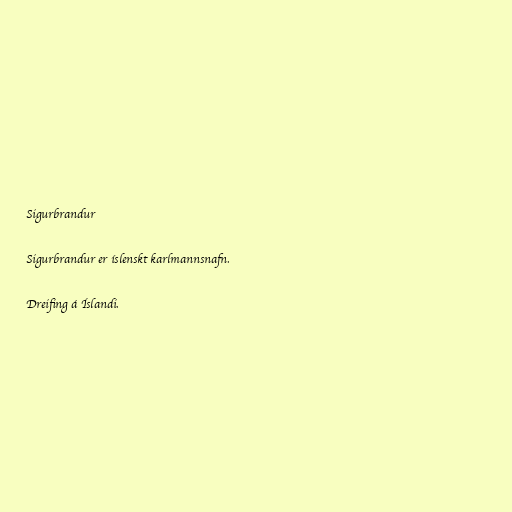
Sigurbrandur

Sigurbrandur er íslenskt karlmannsnafn.

Dreifing á Íslandi.